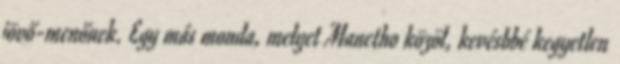
jövő-menőnek. Egy más monda, melyet Manetho közöl, kevésbbé kegyetlen